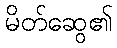
မိတ်ဆွေ၏